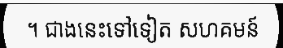
។ ជាងនេះទៅទៀត សហគមន៍